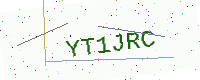
Text: YT1JRC